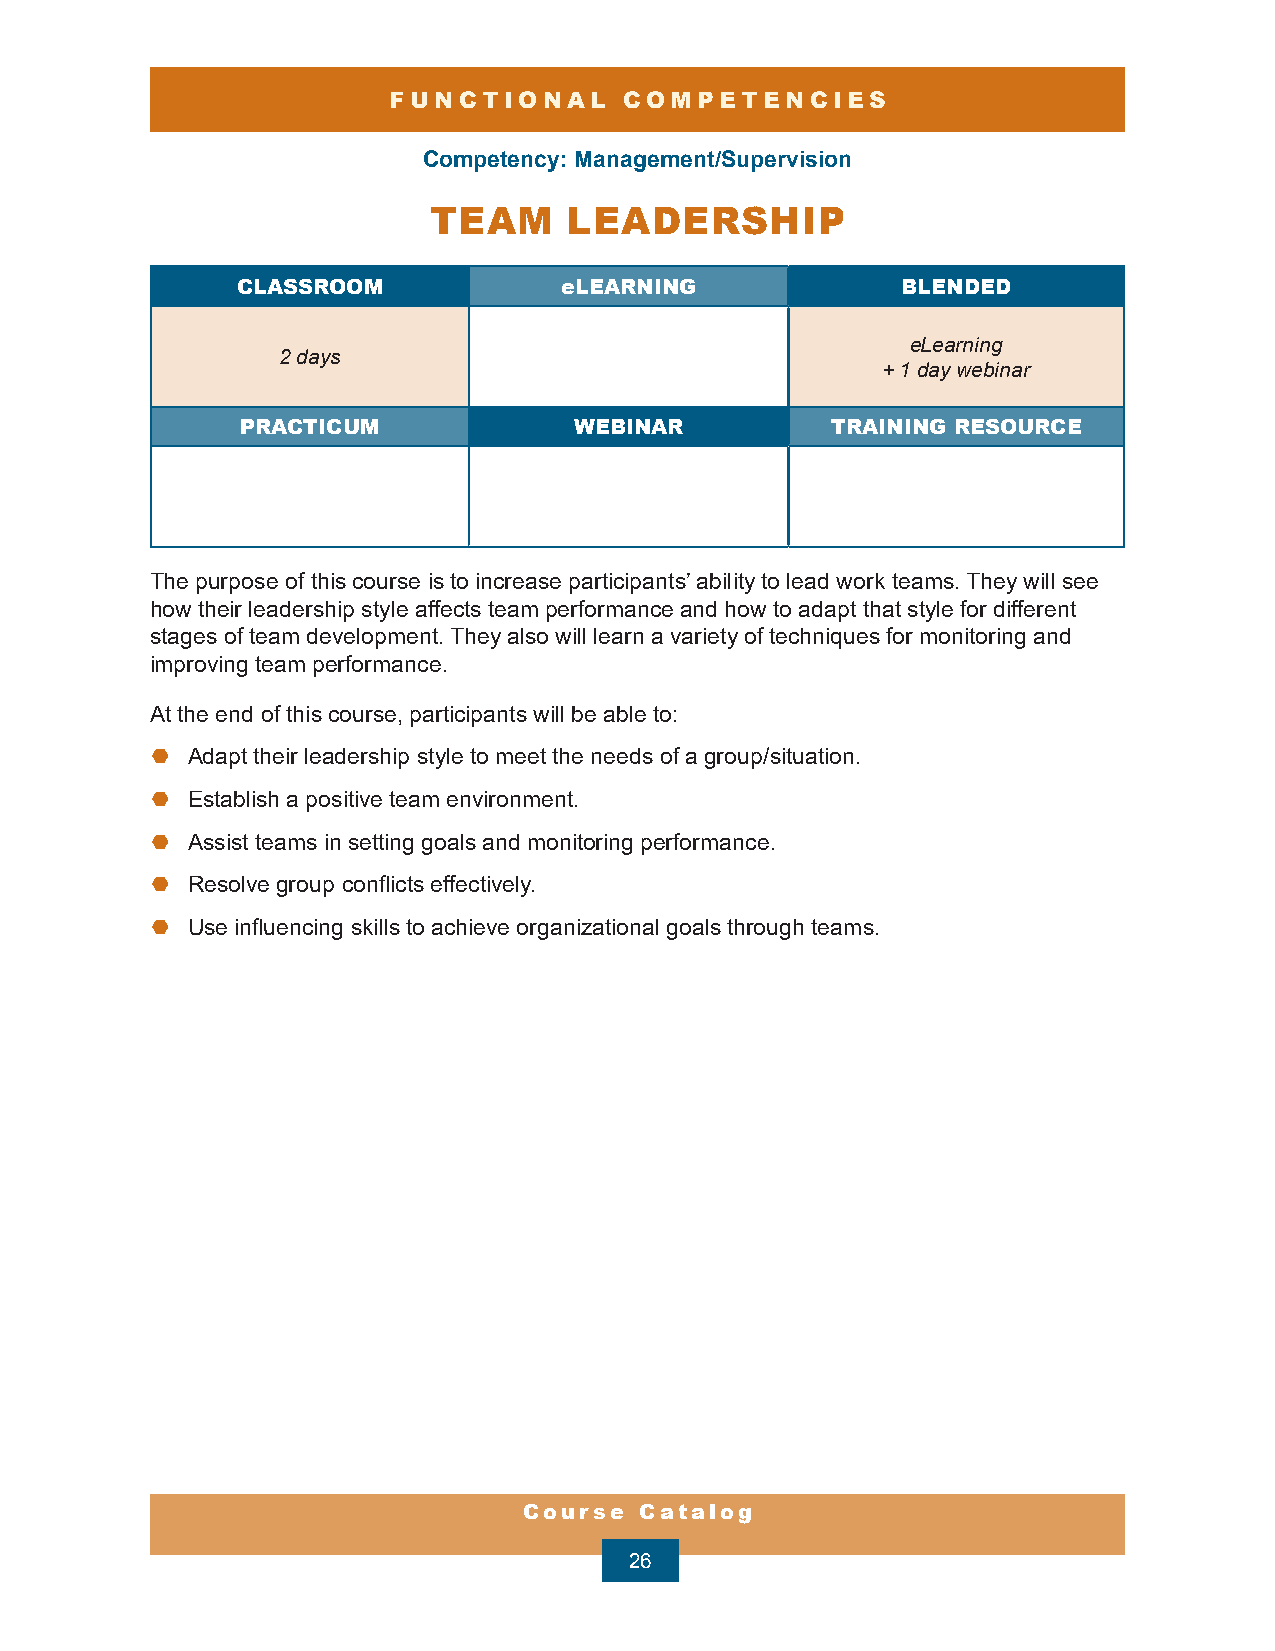
FUNCTIONAL     COMPETENCIES
 Competency: Management/Supervision
 TEAM      LEADERSHIP
 CLASSROOM            eLEARNING              BLENDED
 eLearning
 2 days
 + 1 day webinar
 PRACTICUM             WEBINAR          TRAINING RESOURCE
 The purpose of this course is to increase participants’ ability to lead work teams. They will see
 how their leadership style affects team performance and how to adapt that style for different
 stages of team development. They also will learn a variety of techniques for monitoring and
 improving team performance.
 At the end of this course, participants will be able to:
 ¤ Adapt their leadership style to meet the needs of a group/situation.
 ¤ Establish a positive team environment.
 ¤ Assist teams in setting goals and monitoring performance.
 ¤ Resolve group conflicts effectively.
 ¤ Use influencing skills to achieve organizational goals through teams.
 Course Catalog
 26